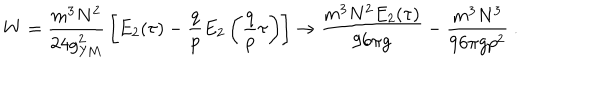
W = { \frac { m ^ { 3 } N ^ { 2 } } { 2 4 g _ { \mathrm { Y M } } ^ { 2 } } } \left[ E _ { 2 } ( \tau ) - { \frac { q } { p } } E _ { 2 } \left( { \frac { q } { p } } \tau \right) \right] \to { \frac { m ^ { 3 } N ^ { 2 } E _ { 2 } ( \tau ) } { 9 6 \pi g } } - { \frac { m ^ { 3 } N ^ { 3 } } { 9 6 \pi g p ^ { 2 } } } \ .